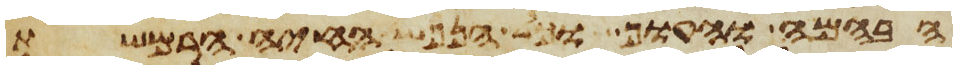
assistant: הבהמה והעוף וכל הנפש החיה הרמשת